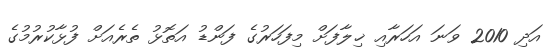
އަދި 2010 ވަނަ އަހަރާއި ޚިލާފަށް މިފަހަރުގެ ފަންޑު އަތޮޅު ތެރެއަށް ފުޅާކުރުމުގެ